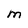
Character: M